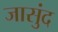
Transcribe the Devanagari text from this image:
जासुंद